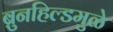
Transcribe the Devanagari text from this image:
ब्रुनहिल्डमुळे